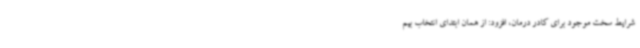
شرایط سخت موجود برای کادر درمان، افزود: از همان ابتدای انتخاب بیم